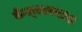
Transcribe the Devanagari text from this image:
केल्स्टरबाख